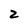
Character: 2